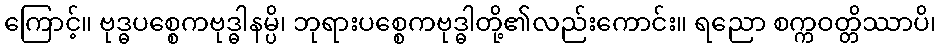
ကြောင့်။ ဗုဒ္ဓပစ္စေကဗုဒ္ဓါနမ္ပိ၊ ဘုရားပစ္စေကဗုဒ္ဓါတို့၏လည်းကောင်း။ ရညော စက္ကဝတ္တိဿာပိ၊